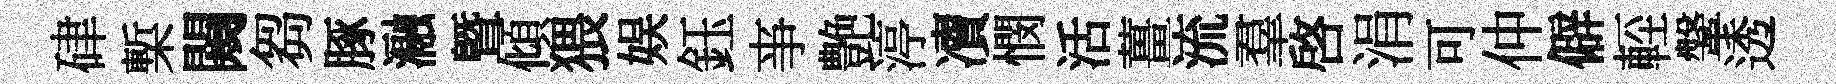
硉槧闚芻䐁瀜暨傾猥娱鈺亊艶渟凟憫活薑流羣啟涓可仲僻䡖鞶透